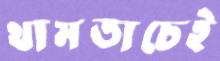
থামতাচেই